Vital statistics of India. Vol. IV, Annual returns from 1871 to 1876. British Army of India, Native Army and jails of Bengal
Year: 1871
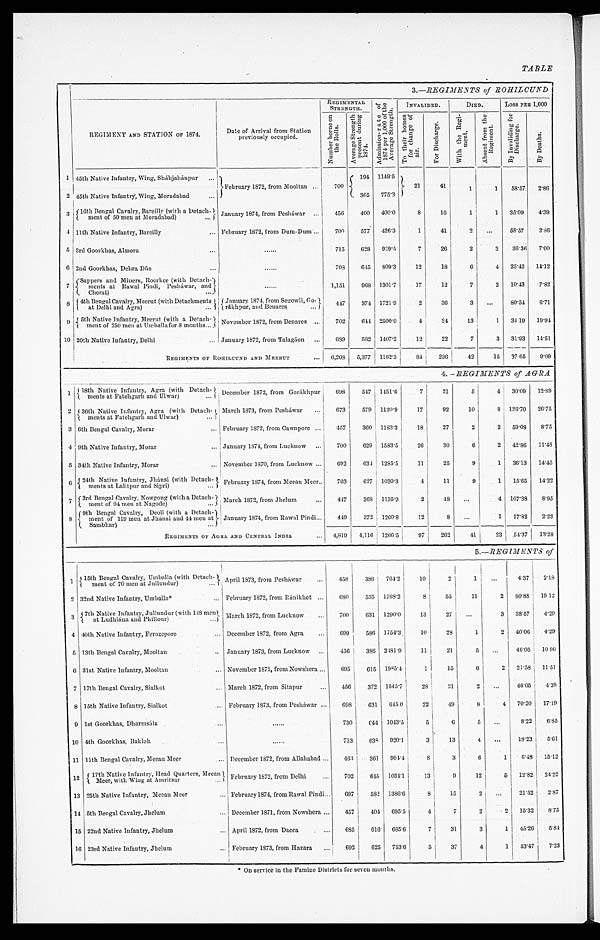
TABLE
3.—REGIMENTS of ROHILCUND
REGIMENT AND STATION OF 1874.
Date of Arrival from Station
previously occupied.
REGIMENTAL STRENGTH.
A d m i s s i o n - r a t e o f
1 8 7 4 p e r 1 , 0 0 0 o f t h eA
v e r a g e S t r e n g t h .
INVALIDED.
DIED.
LOSS PER 1,000
N u m b e r b o r n e o n t h e R o l l s . A v e r a g e S t r e n g t h
p r e s e n t d u r i n g
1874.
T o t h e i r h o m e s f o r c h a n g e o f
air.
F o r D i s c h a r g e .
W i t h t h e R e g i -
m e n t .
A b s e n t f r o m t h e R e g i m e n t . B y I n v a l i d i n g f o r
D i s c h a r g e .
B y D e a t h s .
1 45th Native Infantry, Wing, Sháhjahánpur
February 1872, from Moolta
n
700
194 1149.5
21 41
1
1 58.57 2.86
2 45th Native Infantry, Wing, Moradabad
365 775.3
3 16th Bengal Cavalry, Bareilly (with a Detach-
ment of 50 men at Moradabad) January 1874, from Pesháwar 456 400 400.0
8 16
1
1 35.09 4.39
4 11th Native Infantry, Bareilly
February 1872, from Dum-Dum
700 577 426.3
1 41
2
58.57 2.86
5 3rd Goorkhas, Almora
715 628 939.5
7 26
2
3 36.36 7.00
6 2nd Goorkhas, Debra Dún
708 645 809.3 12 18
6
4 25.42 14.12
7 Sappers and Miners, Roorkee (with Detach-
ments at Rawal Pindi, Pesháwar, and
Cherat)
1,151 968 1301.7 17 12
7
2 10.43 7.82
8 4th Bengal Cavalry, Meerut (with Detachments
at Delhi and Agra)
January 1874, from Segowli, Go-
rákhpur, and Benares
4 4 7 374 1721.9
2 36
3
80.54 6.71
9
5 t h N a t i v e I n f a n t r y , M e e r u t ( w i t h a D e t a c h -
m e n t o f 2 5 0 m e n a t U m b e l l a f o r 8 m o n t h s
November 1872, from Benares
702 644 2500.0
4 24 13
1 34.19 19.94
10 20th Native Infantry, Delhi
January 1872, from Talagáon 689 582 1407.2 12 22
7
3 31.93 14.51
REGIMENTS OF ROHILCUND AND MRERUT
6,268 5,377 1182.3 8 4
236 42 15 37.65 9.09
4.—REGIMENTS of AGRA
1 18th Native Infantry, Agra (with Detach-
ments at Fatehgarh and Ulwar)
December 1872, from Gorákhpur 698 547 1451.6
7 21
5
4 30.09 1 2 . 8 9
2 36th Native Infantry, Agra (with Detach-
ments at Fatehgarh and Ulwar)
March 1873, from Pesháwar 673 579 1120.9 17 92 10
8 136.70 26.75
3 6th Bengal Cavalry, Morar
February 1872, from Cawnpore
457 360 1183.3 18 27
2
2 59.08 8 . 7 5
4 9th Native Infantry, Morar
January 1874, from Lucknow 700 629 1583.5 26 30
6
2 42.86 1 1 . 4 3
5 34th Native Infantry, Morar November 1870, from Lucknow
692 634 1285.5 11 25
9
1 36.13 1 4 . 4 5
6 24th Native Infantry, Jhánsi (with Detach-
ments at Lalitpur and Sipri)
February 1874, from Meean Meer 703 627 1030.3
4 11
9
1 15.65 1 4 . 2 2
7 3rd Bengal Cavalry, Nowgong (with a Detach- m e n t o f 9 4 m e n a t N a g o d e ) March 1872, front Jhelum
447 368 1135.9
2 48
4 107.38 8 . 9 5
8 9th Bengal Cavalry, Deoli (with a Detach-
ment of 119 men at Jhánsi and 44 men at
Sambhar)
January 1874, from Rawal Pindi
449 372 1260.8 12
8
1 17.82 2.23
REGIMENTS OF AGRA AND CENTRAL INDIA
4,819 4,116 1266.5 97 262 41 23 54.37 1 3 . 2 8
5.—REGIMENTS of
1
15th Bengal Cavalry, Umballa (with Detach-
(ment of 70 men at Jullundur)
April 1873, from Pesháwar
458 386 764.2 10
2
1
4.37 2 . 1 8
2 32nd Native Infantry, Umballa*
February 1872, from Ránikhet 680 535 1768.2
8
55 11
2 80.88 19 12
3
7th Native Infantry, Jullundur (with 148 men
a t L u d h i á n a a n d P h i l l o u r )
March 1872, from Lucknow
700 631 1290.0 13 27
3 38.57 4 . 2 9
4 40th Native Infantry, Ferozepore
December 1372, from Agra 699 586 1754.3 10 28
1
2 40.06 4 . 2 9
5 13th Bengal Cavalry, Mooltan
January 1873, from Lucknow
456 386 2481.9 11 21
5
46.05 10.96
6 31st Native Infantry, Mooltan
November 1871, from Nowshera
695 615 1985.4
1 15
6
2 21.58 1 1 . 5 1
7 17th Bengal Cavalry, Sialkot
March 1872, from Sitapur
456 372 1545.7 28 21
2
46.05 4 . 3 9
8 15th Native Infantry, Sialkot
February 1873, front Pesháwar 698 631 645.0 22 49
8 4 70.20 17.19
9 1st Goorkhas, Dharmsála
730
6 4 4 1043.5
5
6
5
8.22 6 . 8 5
10 4th Goorkhas, Bakloh
713 638 920.1
3 13
4
18.23 5 . 6 1
11 11th Bengal Cavalry, Meean Meer
December 1872, from Allahabad 463 361 994.4
8
3
6
1 6.48 15.12
12 17th Native Infantry, Head Quarters, Meean
Meer, with Wing at Amritsar
February 1872, from Delhi
702 645 1034.1 13
9 12
5 12.82 24.22
13 25th Native Infantry, Meean Meer
February 1874, from Rawal Pindi
697 582 1386.6
8 15
2
21.52 2 . 8 7
14 5th Bengal Cavalry, Jhelum
December 1871, from Nowshera 457 404 695.5
4
7
2
2 15.32 8 . 7 5
15 22nd Native Infantry, Jhelum
April 1872, from Dacca
685 616 665.6
7 31
3
1 45.26 5 . 8 4
16 23rd Native Infantry, Jhelum
February 1873, from Hazara 692 625 753.6
5 37
4
1 53.47 7 . 2 3
* On service in the Famine Districts for seven months